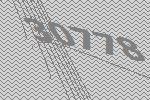
30778